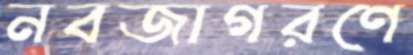
নবজাগরণে